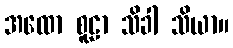
အထော စူဠာ သိခါ သိယာ။